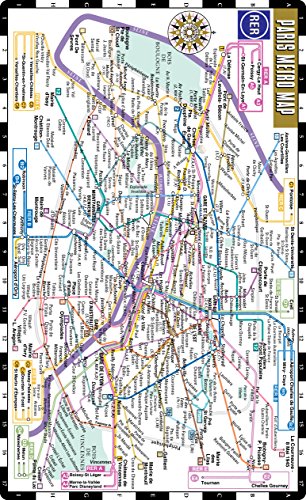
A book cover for Streetwise Paris Metro Map - Laminated Subway Paris Map & RER System for Travel - Pocket Size; Streetwise Maps Inc; Engineering & Transportation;